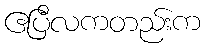
ဧပြီလကတည်းက